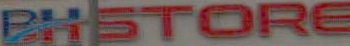
PHSTORE